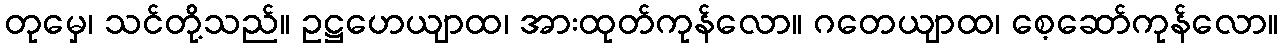
တုမှေ၊ သင်တို့သည်။ ဥဋ္ဌဟေယျာထ၊ အားထုတ်ကုန်လော။ ဂတေယျာထ၊ စေ့ဆော်ကုန်လော။